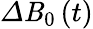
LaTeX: \varDelta\mathit{B}_{0}\left(t\right)